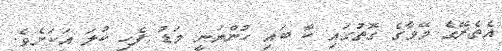
އެތެރޭގެ މޭވާގެ ގޮތުގައި ކާ ބައި ހުންނަނީ މަޑު ފެހި ކުލަ އަކަށެވެ.